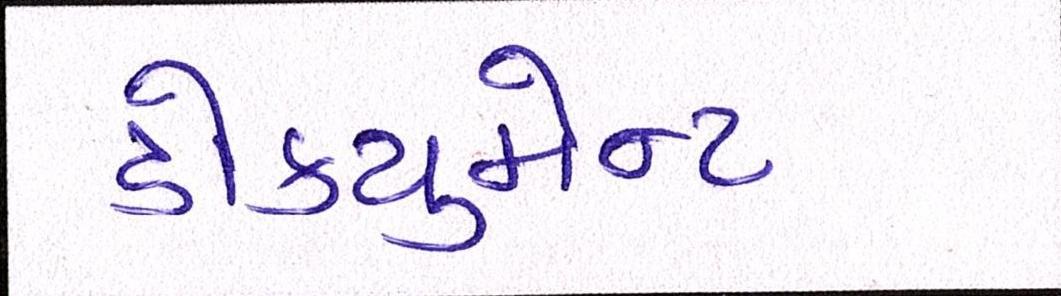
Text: ડોક્યુમેન્ટ